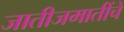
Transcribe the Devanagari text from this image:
जातीजमातींचे